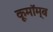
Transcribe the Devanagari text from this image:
कूमॉम्ब